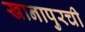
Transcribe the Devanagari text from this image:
खानापुरची